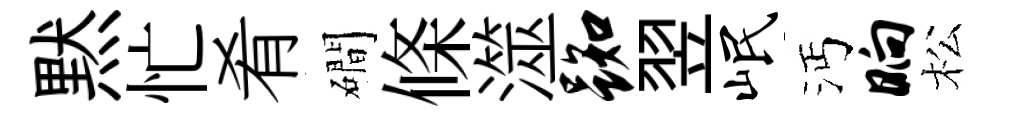
黙忙肴磵條澨踟翌岷沔晌松